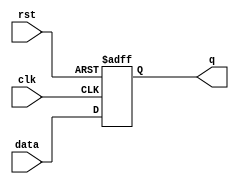
module dff (data, clk, rst, q);
    input clk, rst;
    input[7:0] data;
    output[7:0] q;
    reg[7:0] q;

    always@(posedge clk or negedge rst)begin
        if (rst == 0) q[7:0] <= #2 8'b0;
        else  q[7:0] <= #2 data[7:0];
    end
endmodule